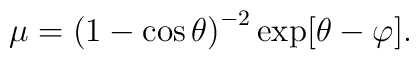
\mu =\left( 1-\cos \theta \right) ^{-2}\exp [\theta -\varphi ].